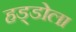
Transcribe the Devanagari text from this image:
हड्डोला